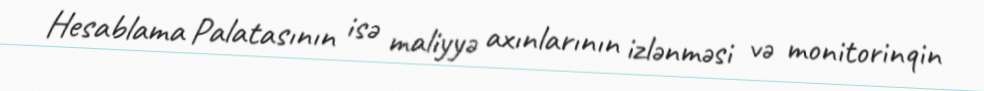
Hesablama Palatasının isə maliyyə axınlarının izlənməsi və monitorinqin